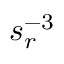
s _ { r } ^ { - 3 }